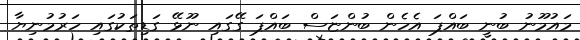
މައުމޫނު ބުނީ ބައްޕަ އެހެން ބުންޏަސް ބައްޕަ ގޭގައި ނޫޅޭ ގަޑިތަކުގައި ހަރުމުނިޔާ